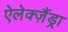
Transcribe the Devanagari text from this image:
ऐलेक्ज़ैंड्रा